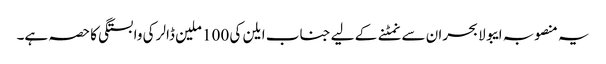
یہ منصوبہ ایبولا بحران سے نمٹنے کے لیے جناب ایلن کی 100 ملین ڈالر کی وابستگی کا حصہ ہے۔